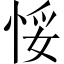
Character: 𢚶